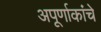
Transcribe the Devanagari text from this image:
अपूर्णाकांचे